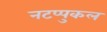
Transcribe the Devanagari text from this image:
नटप्पुकल